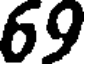
69